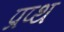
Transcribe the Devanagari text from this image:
प्रप्थ